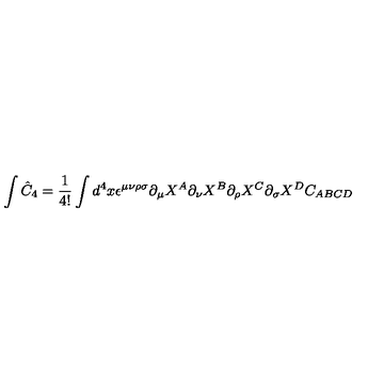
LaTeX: \int \hat { C } _ { 4 } = \frac { 1 } { 4 ! } \int d ^ { 4 } x \epsilon ^ { \mu \nu \rho \sigma } \partial _ { \mu } X ^ { A } \partial _ { \nu } X ^ { B } \partial _ { \rho } X ^ { C } \partial _ { \sigma } X ^ { D } C _ { A B C D }